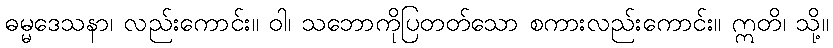
ဓမ္မဒေသနာ၊ လည်းကောင်း။ ဝါ၊ သဘောကိုပြတတ်သော စကားလည်းကောင်း။ ဣတိ၊ သို့။